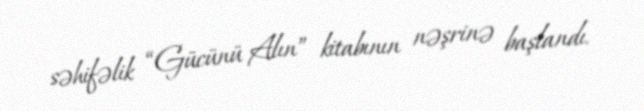
səhifəlik “Gücünü Alın” kitabının nəşrinə başlandı.